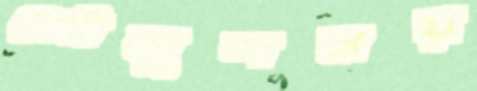
জৌলুশময়